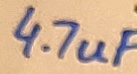
Text: 4.7uF